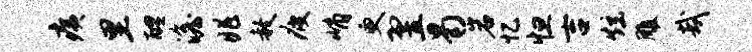
痍里醴澹兆赦疲峭更翌曷岩忆怛吉炫雕哉